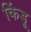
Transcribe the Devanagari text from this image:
किंडू